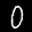
Label: 0